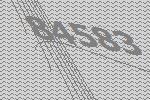
84583